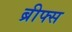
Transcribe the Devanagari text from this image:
ब्रीफ्स